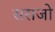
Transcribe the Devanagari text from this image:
सराजो